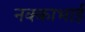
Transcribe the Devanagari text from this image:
नक्काभाई